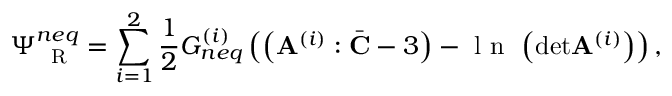
\Psi _ { \mathrm { ~ \tiny ~ R ~ } } ^ { n e q } = \sum _ { i = 1 } ^ { 2 } \frac { 1 } { 2 } G _ { n e q } ^ { ( i ) } \left( \left( \mathbf { A } ^ { ( i ) } : \bar { \mathbf { C } } - 3 \right) - \mathrm { ~ l ~ n ~ } \, \left( \mathrm { d e t } \mathbf { A } ^ { ( i ) } \right) \right) ,